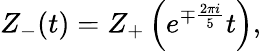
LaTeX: Z_{-}(t)=Z_{+}\left(e^{\mp{\frac{2\pi i}{5}}}t\right),